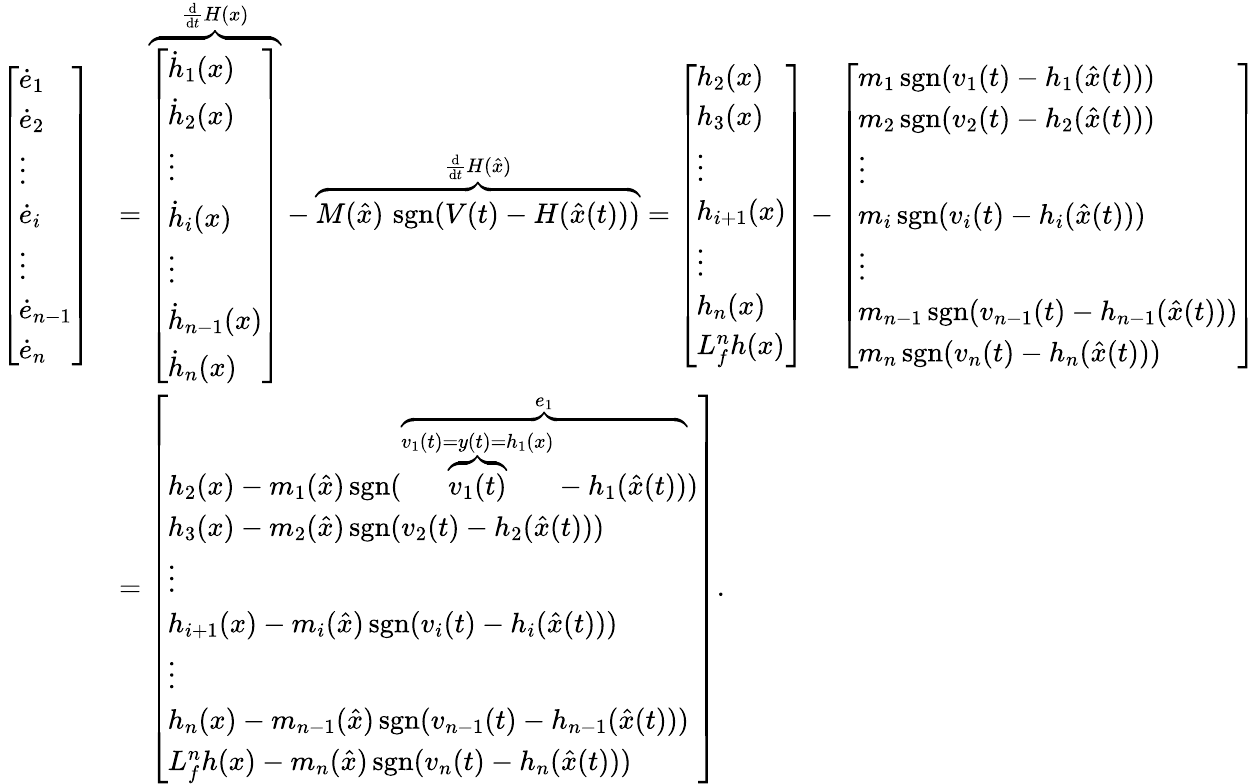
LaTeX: {\begin{array}{rl}{{\left[\begin{array}{l}{{\dot{e}}_{1}}\\ {{\dot{e}}_{2}}\\ {\vdots}\\ {{\dot{e}}_{i}}\\ {\vdots}\\ {{\dot{e}}_{n-1}}\\ {{\dot{e}}_{n}}\end{array}\right]}}&{={\mathord{\overbrace{\left[\begin{array}{l}{{\dot{h}}_{1}(x)}\\ {{\dot{h}}_{2}(x)}\\ {\vdots}\\ {{\dot{h}}_{i}(x)}\\ {\vdots}\\ {{\dot{h}}_{n-1}(x)}\\ {{\dot{h}}_{n}(x)}\end{array}\right]}^{{\frac{\mathrm{d}}{\mathrm{d}t}}H(x)}}}-{\mathord{\overbrace{M({\hat{x}})\, \operatorname{sgn}(V(t)-H({\hat{x}}(t)))}^{{\frac{\mathrm{d}}{\mathrm{d}t}}H({\hat{x}})}}}={\left[\begin{array}{l}{h_{2}(x)}\\ {h_{3}(x)}\\ {\vdots}\\ {h_{i+1}(x)}\\ {\vdots}\\ {h_{n}(x)}\\ {L_{f}^{n}h(x)}\end{array}\right]}-{\left[\begin{array}{l}{m_{1}\operatorname{sgn}(v_{1}(t)-h_{1}({\hat{x}}(t)))}\\ {m_{2}\operatorname{sgn}(v_{2}(t)-h_{2}({\hat{x}}(t)))}\\ {\vdots}\\ {m_{i}\operatorname{sgn}(v_{i}(t)-h_{i}({\hat{x}}(t)))}\\ {\vdots}\\ {m_{n-1}\operatorname{sgn}(v_{n-1}(t)-h_{n-1}({\hat{x}}(t)))}\\ {m_{n}\operatorname{sgn}(v_{n}(t)-h_{n}({\hat{x}}(t)))}\end{array}\right]}}\\ &{={\left[\begin{array}{l}{h_{2}(x)-m_{1}({\hat{x}})\operatorname{sgn}({\mathord{\overbrace{{\mathord{\overbrace{v_{1}(t)}^{v_{1}(t)=y(t)=h_{1}(x)}}}-h_{1}({\hat{x}}(t))}^{e_{1}}}})}\\ {h_{3}(x)-m_{2}({\hat{x}})\operatorname{sgn}(v_{2}(t)-h_{2}({\hat{x}}(t)))}\\ {\vdots}\\ {h_{i+1}(x)-m_{i}({\hat{x}})\operatorname{sgn}(v_{i}(t)-h_{i}({\hat{x}}(t)))}\\ {\vdots}\\ {h_{n}(x)-m_{n-1}({\hat{x}})\operatorname{sgn}(v_{n-1}(t)-h_{n-1}({\hat{x}}(t)))}\\ {L_{f}^{n}h(x)-m_{n}({\hat{x}})\operatorname{sgn}(v_{n}(t)-h_{n}({\hat{x}}(t)))}\end{array}\right]}.}\end{array}}